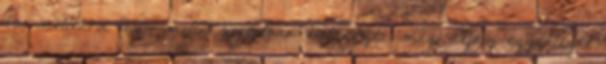
721 milliárd 931,6 millió forintban határozta meg, azaz egyenlegét